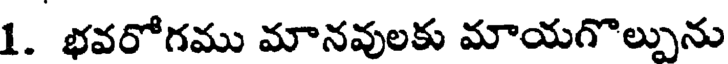
1. భవరోగము మానవులకు మాయగొల్పును